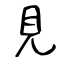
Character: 見